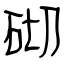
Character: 砌